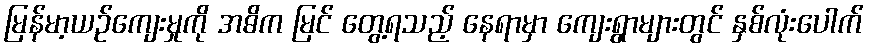
မြန်မာ့ယဉ်ကျေးမှုကို အဓိက မြင် တွေ့ရသည့် နေရာမှာ ကျေးရွာများတွင် နှစ်လုံးပေါက်